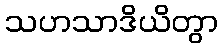
သဟသာဒိယိတွာ